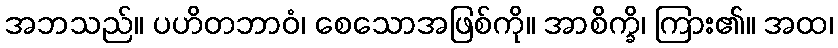
အဘသည်။ ပဟိတဘာဝံ၊ စေသောအဖြစ်ကို။ အာစိက္ခိ၊ ကြား၏။ အထ၊